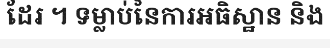
ដែរ ។ ទម្លាប់នៃការអធិស្ឋាន និង